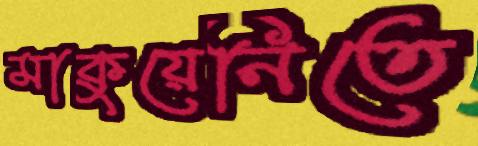
মাকুয়েনিতে